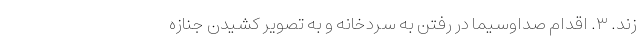
زند. ۳. اقدام صداوسیما در رفتن به سردخانه و به تصویر کشیدن جنازه